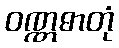
ဝဏ္ဏဓာတုံ